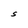
Character: S